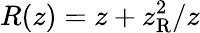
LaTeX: R(z)=z+z_{\mathrm{R}}^{2}/z